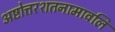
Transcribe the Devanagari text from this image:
अष्टोत्तरशतनामावलि